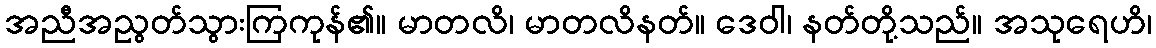
အညီအညွတ်သွားကြကုန်၏။ မာတလိ၊ မာတလိနတ်။ ဒေဝါ၊ နတ်တို့သည်။ အသုရေဟိ၊